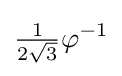
{\tfrac {1}{2{\sqrt {3}}}}\varphi ^{-1}